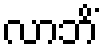
လာဘိံ